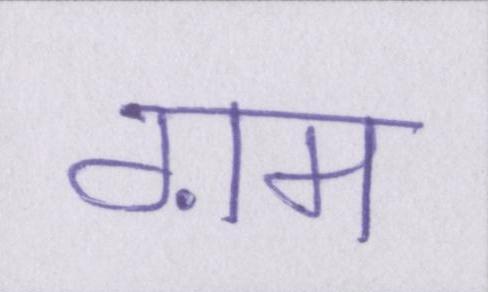
ग़म